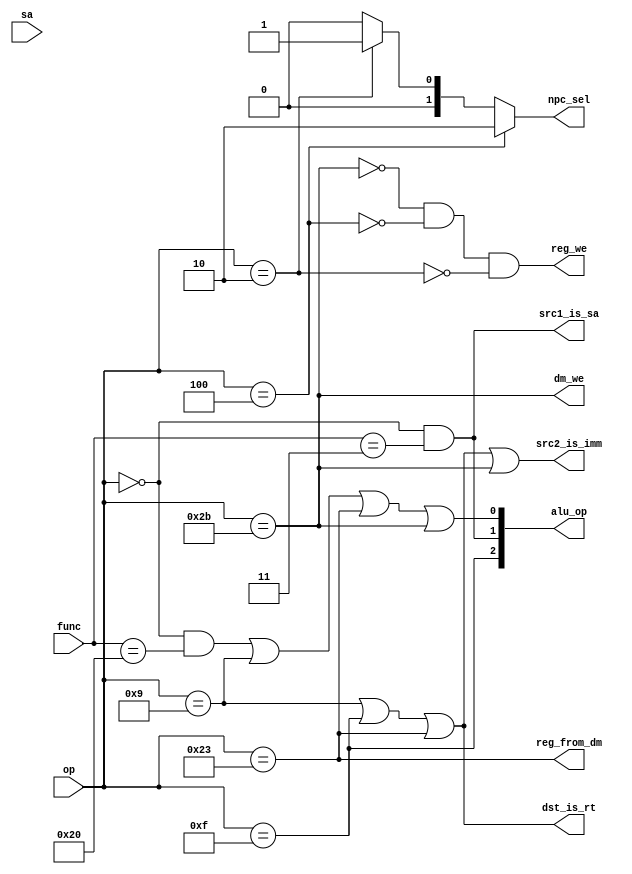
module cu(
    input [5:0] op,
    input [5:0] func,
    input [4:0] sa,
    output [15:0] alu_op,
    output src1_is_sa,
    output src2_is_imm,
    output dst_is_rt,
    output reg_we,
    output dm_we,
    output reg_from_dm,
    output [1:0] npc_sel
);

parameter lui = 6'b001111;
parameter addiu = 6'b001001;
parameter add_func = 6'b100000;
parameter lw = 6'b100011;
parameter sw = 6'b101011;
parameter beq = 6'b000100;
parameter sra_func = 6'b000011;
parameter j = 6'b000010;

wire inst_lui;
wire inst_addiu;
wire inst_add;
wire inst_lw;
wire inst_sw;
wire inst_beq;
wire inst_sra;
wire inst_j;

assign inst_lui    = op == lui;
assign inst_addiu  = op == addiu;
assign inst_add   = (op == 6'b0) & (func == add_func);
assign inst_lw     = op == lw;
assign inst_sw     = op == sw;
assign inst_beq    = op == beq;
assign inst_sra    = (op == 6'b0) & (func == sra_func);
assign inst_j      = op == j;

assign alu_op[0] = inst_add | inst_addiu | inst_lw | inst_sw;
assign alu_op[1] = inst_sra;
assign alu_op[2] = inst_lui;

assign src1_is_sa   = inst_sra;
assign src2_is_imm  = inst_addiu | inst_lui | inst_lw | inst_sw;
assign dst_is_rt    = inst_addiu | inst_lui | inst_lw;
assign reg_we       = ~inst_sw & ~inst_beq  & ~inst_j;
assign dm_we        = inst_sw;
assign reg_from_dm  = inst_lw;
assign npc_sel      = inst_beq ? 2'b10:
                       inst_j   ? 2'b01:
                       2'b00;
                    
endmodule